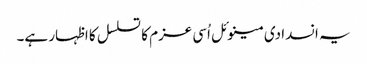
یہ انسدادی مینوئل اُسی عزم کا تسلسل کا اظہار ہے۔